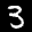
Label: 3